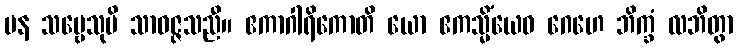
ပန သဗ္ဗေသုပိ သာဝဇ္ဇသညီ။ ဧကာဂါရိကောတိ ယော ဧကသ္မိံယေဝ ဂေဟေ ဘိက္ခံ လဘိတွာ